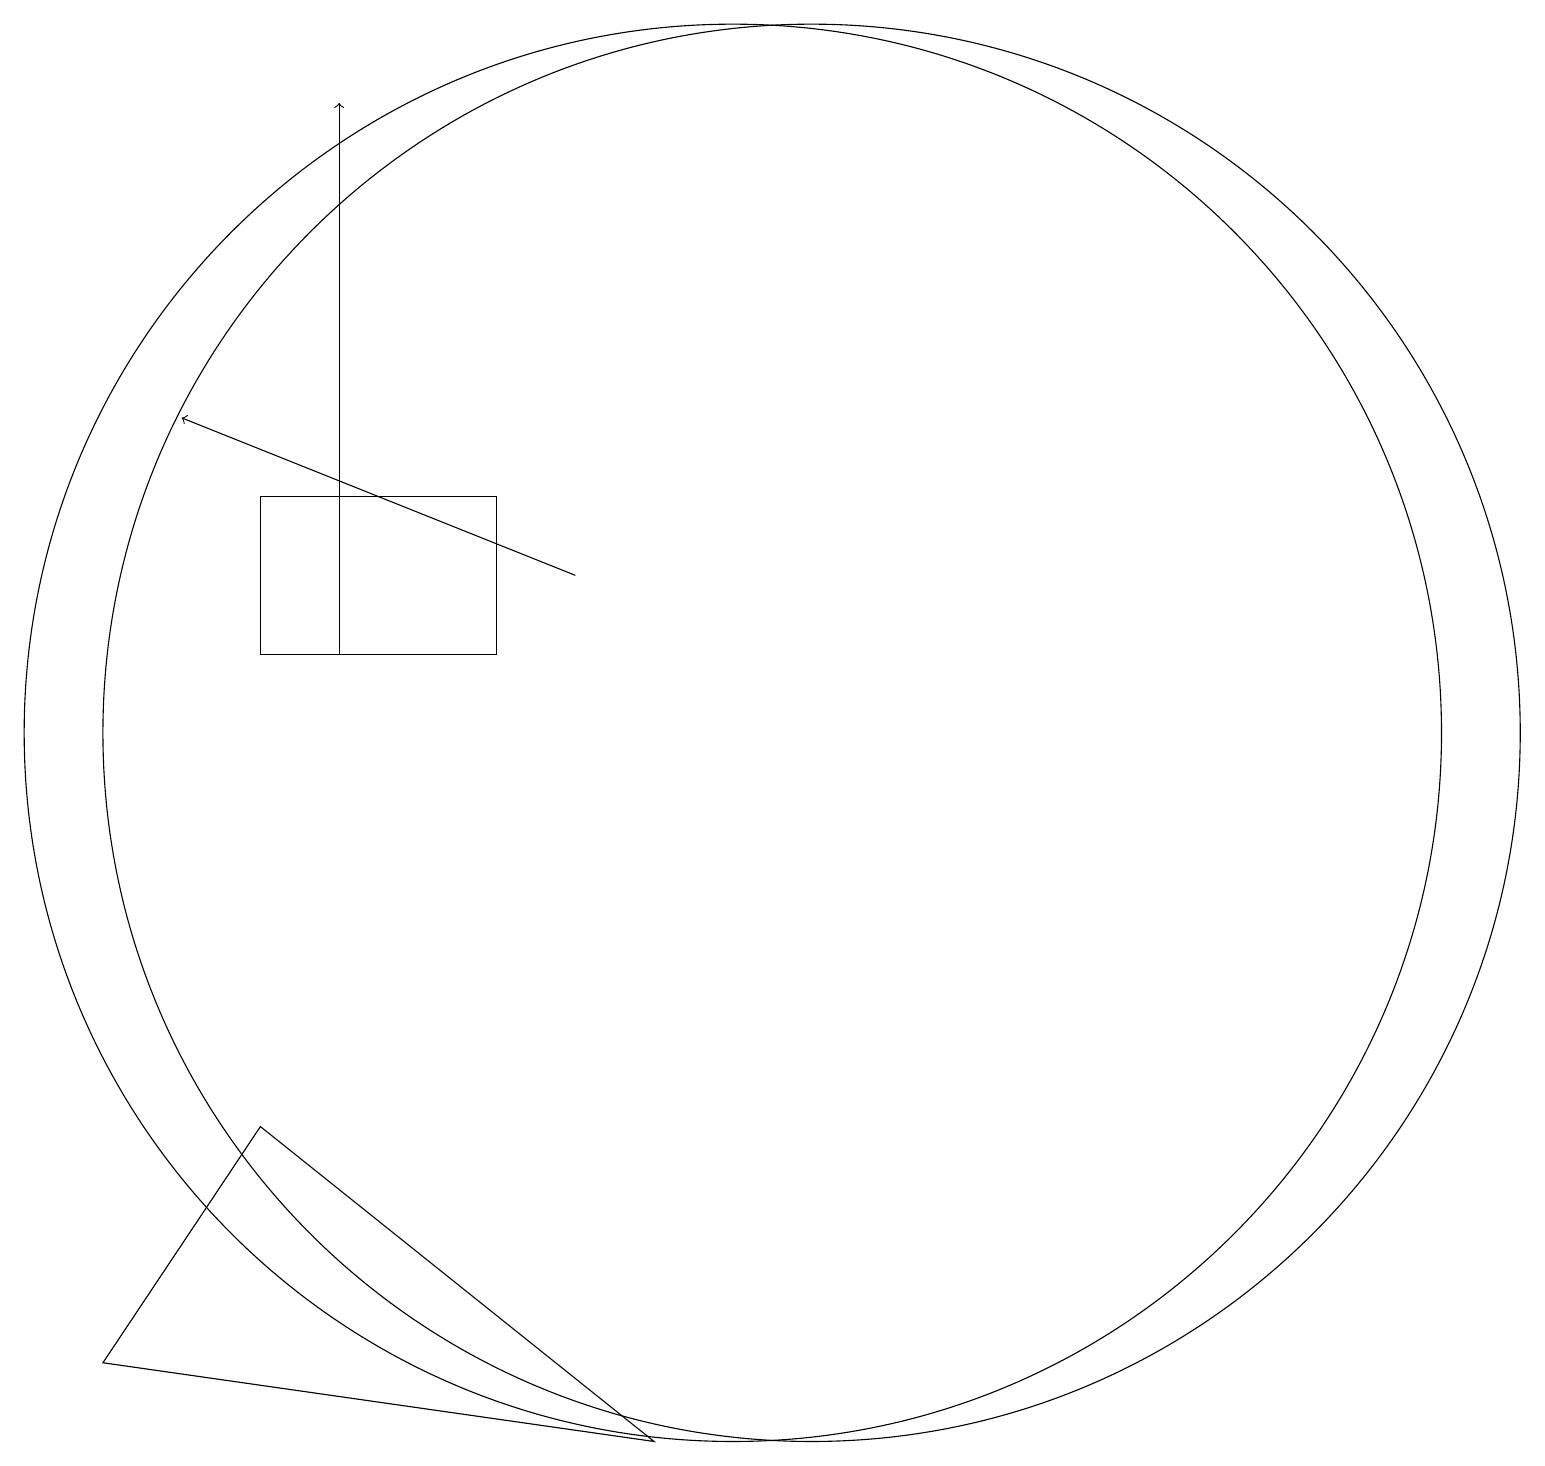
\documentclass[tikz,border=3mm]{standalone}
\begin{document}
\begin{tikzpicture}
\draw (11,10) circle (9);
\draw (10,10) circle (9);
\draw (7,11) rectangle (4,13);
\draw (2,2) -- (4,5) -- (9,1) -- cycle;
\draw[->] (8,12) -- (3,14);
\draw[->] (5,11) -- (5,18);
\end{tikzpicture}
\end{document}